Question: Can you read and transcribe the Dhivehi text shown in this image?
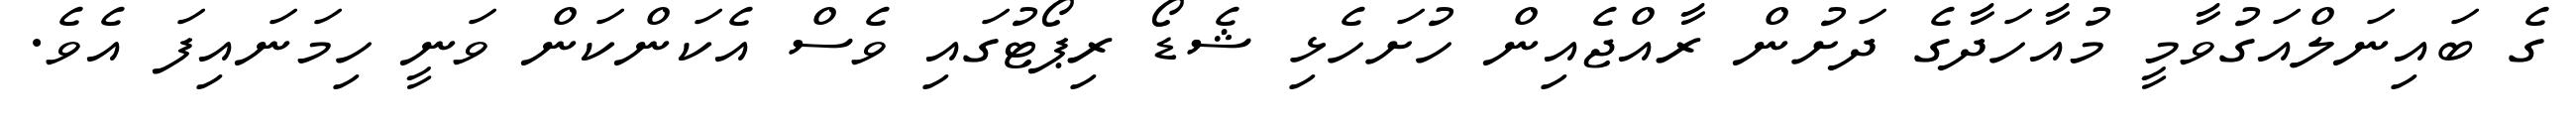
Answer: ގެ ބައިނަލްއަގުވާމީ މުއާހަދާގެ ދަށުން ރާއްޖެއިން ހުށަހެޅި ޝެޑޯ ރިޕޯޓުގައި ވެސް އެކަންކަން ވަނީ ހިމަނައިފަ އެވެ.